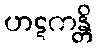
ဟဋကန္တိ